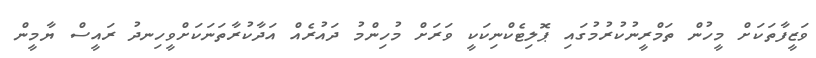
ވަޒީފާތަކަށް މީހުން ތަމްރީނުކުރުމުގައި ޕޮލިޓެކްނިކަކީ ވަރަށް މުހިންމު ދައުރެއް އަދާކުރާތަނަކަށްވީހިނދު ރައީސް ޔާމީން